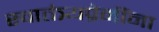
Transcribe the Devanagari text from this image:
स्वातंत्र्यप्रेमींना